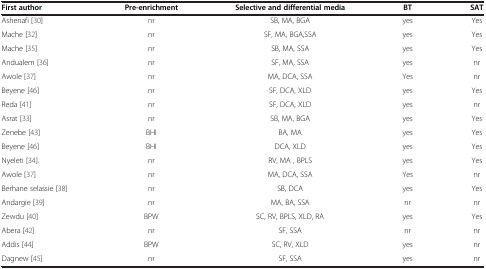
<table><thead><tr><td><b>First author</b></td><td><b>Pre-enrichment</b></td><td><b>Selective and differential media</b></td><td><b>BT</b></td><td><b>SAT</b></td></tr></thead><tbody><tr><td>Ashenafi [30]</td><td>nr</td><td>SB, MA, BGA</td><td>yes</td><td>Yes</td></tr><tr><td>Mache [32]</td><td>nr</td><td>SF, MA, BGA,SSA</td><td>yes</td><td>Yes</td></tr><tr><td>Mache [35]</td><td>nr</td><td>SB, MA, SSA</td><td>yes</td><td>Yes</td></tr><tr><td>Andualem [36]</td><td>nr</td><td>SF, MA, SSA</td><td>yes</td><td>nr</td></tr><tr><td>Awole [37]</td><td>nr</td><td>MA, DCA, SSA</td><td>Yes</td><td>nr</td></tr><tr><td>Beyene [46]</td><td>nr</td><td>SF, DCA, XLD</td><td>yes</td><td>Yes</td></tr><tr><td>Reda [41]</td><td>nr</td><td>SF, DCA, XLD</td><td>yes</td><td>nr</td></tr><tr><td>Asrat [33]</td><td>nr</td><td>SB, MA, BGA</td><td>yes</td><td>Yes</td></tr><tr><td>Zenebe [43]</td><td>BHI</td><td>BA, MA</td><td>yes</td><td>Yes</td></tr><tr><td>Beyene [46]</td><td>BHI</td><td>DCA, XLD</td><td>yes</td><td>Yes</td></tr><tr><td>Nyeleti [34].</td><td>nr</td><td>RV, MA , BPLS</td><td>yes</td><td>Yes</td></tr><tr><td>Awole [37]</td><td>nr</td><td>MA, DCA, SSA</td><td>Yes</td><td>nr</td></tr><tr><td>Berhane selassie [38]</td><td>nr</td><td>SB, DCA</td><td>yes</td><td>Yes</td></tr><tr><td>Andargie [39]</td><td>nr</td><td>MA, BA, SSA</td><td>nr</td><td>nr</td></tr><tr><td>Zewdu [40]</td><td>BPW</td><td>SC, RV, BPLS, XLD, RA</td><td>yes</td><td>Yes</td></tr><tr><td>Abera [42]</td><td>nr</td><td>SF, SSA</td><td>nr</td><td>nr</td></tr><tr><td>Addis [44]</td><td>BPW</td><td>SC, RV, XLD</td><td>yes</td><td>nr</td></tr><tr><td>Dagnew [45]</td><td>nr</td><td>SF, SSA</td><td>yes</td><td>nr</td></tr></tbody></table>